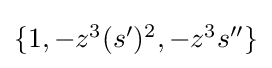
{\textstyle \{1,-z^{3}(s^{\prime })^{2},-z^{3}s^{\prime \prime }\}}